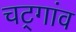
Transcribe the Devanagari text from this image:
चट्गांव